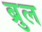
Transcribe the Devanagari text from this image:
ब्रुल